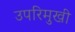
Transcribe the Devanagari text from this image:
उपरिमुखी